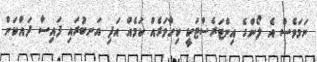
ނަމަވެސް އެ ލޯންގެ އިންޓަރެސްޓަކީ ކިހާވަރެއް ކަމެއް އަދި އަނބުރައި ފައިސާ ދައްކަން